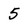
Character: 5